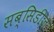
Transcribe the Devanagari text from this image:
सब्सिडीज